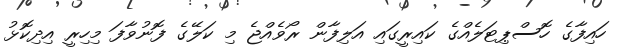
ހައިފާގެ ހޮސްޕިޓަލެއްގެ ކައިރީގައި އަލިފާން ރޯވެއްޖެ މި ކަލޭގެ ފޮނުވާފަ މިހިރީ އިދިކޮޅު